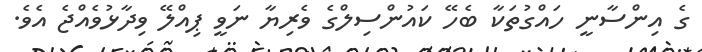
ގެ އިންސާނީ ހައްގުތަކާ ބެހޭ ކައުންސިލްގެ ވެރިޔާ ނަވީ ޕިއްލޭ ވިދާޅުވެއްޖެ އެވެ.